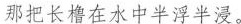
那把长橹在水中半浮半浸。